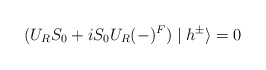
\begin{align*}(U_RS_0+iS_0U_R(-)^F)\mid h^{\pm }\rangle =0 \end{align*}